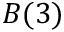
B ( 3 )